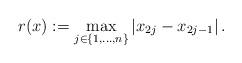
LaTeX: \begin{align*}r(x) := \max_{j\in \{ 1, \dots , n \} } | x_{2j} - x_{2j-1} | \, . \end{align*}